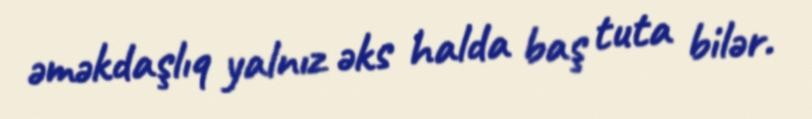
əməkdaşlıq yalnız əks halda baş tuta bilər.